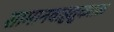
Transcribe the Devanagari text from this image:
सामानवाहतूकतळ